Preparation of a safe and efficient antirabic vaccine - Number 44
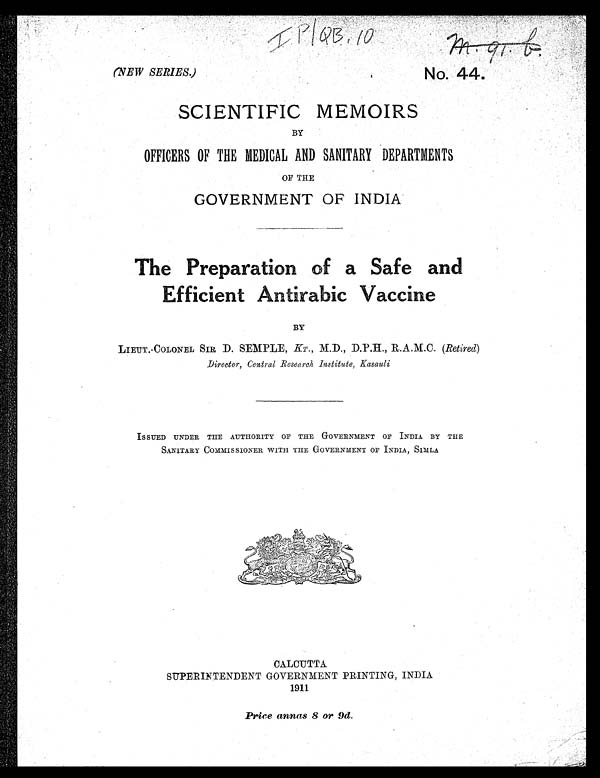
(NEW SERIES.)
I P / Q B . 1 0
sf
m . 9 1 . b .
No. 44.
SCIENTIFIC MEMOIRS
BY
OFFICERS OF THE MEDICAL AND SANITARY DEPARTMENTS
OF THE
GOVERNMENT OF INDIA
The Preparation of a Safe and
Efficient Antirabic Vaccine
BY
LIEUT.-COLONEL SIR D. SEMPLE, KT., M.D., D.P.H., R.A.M.C. (Retired)
Director, Central Research Institute, Kasauli
ISSUED UNDER THE AUTHORITY OF THE GOVERNMENT OF INDIA BY THE
SANITARY COMMISSIONER WITH THE GOVERNMENT OF INDIA, SIMLA
CALCUTTA
SUPERINTENDENT GOVERNMENT PRINTING, INDIA
1911
Price annas 8 or 9d.